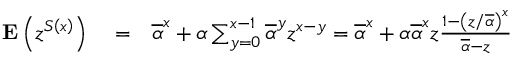
\begin{array} { r l r } { { \bf E } \left( z ^ { S \left( x \right) } \right) } & { { } = } & { \overline { { \alpha } } ^ { x } + \alpha \sum _ { y = 0 } ^ { x - 1 } \overline { { \alpha } } ^ { y } z ^ { x - y } = \overline { { \alpha } } ^ { x } + \alpha \overline { { \alpha } } ^ { x } z \frac { 1 - \left( z / \overline { { \alpha } } \right) ^ { x } } { \overline { { \alpha } } - z } } \end{array}